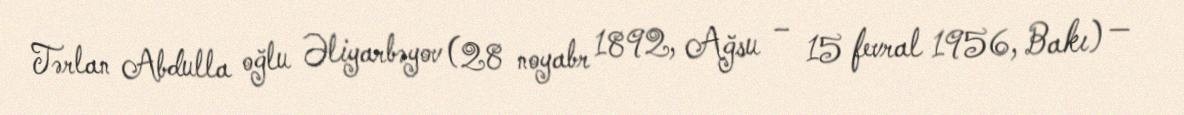
Tərlan Abdulla oğlu Əliyarbəyov (28 noyabr 1892, Ağsu – 15 fevral 1956, Bakı) —